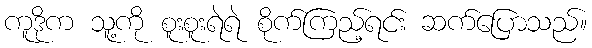
ကူဒိုက သူ့ကို စူးစူးရဲရဲ စိုက်ကြည့်ရင်း ဆက်ပြောသည်။